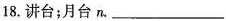
18.讲台；月台n.___